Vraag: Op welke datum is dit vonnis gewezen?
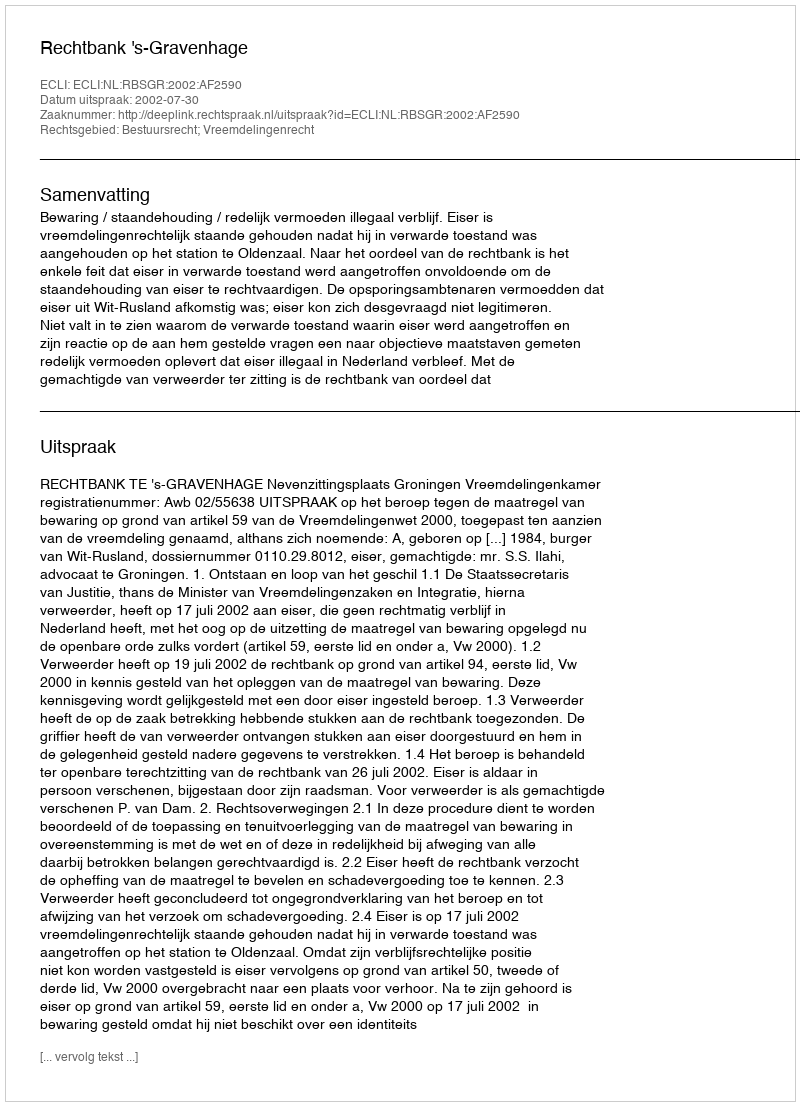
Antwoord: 2002-07-30